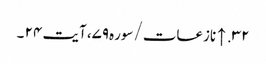
۳۲. ↑ نازعات/سوره۷۹، آیت ۲۴ ۔